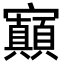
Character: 𡬅